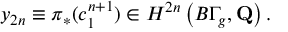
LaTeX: y _ { 2 n } \equiv \pi _ { * } ( c _ { 1 } ^ { n + 1 } ) \in H ^ { 2 n } \left( B \Gamma _ { g } , { \bf Q } \right) .